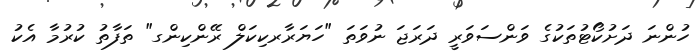
ހުންނަ ދަށުކޯޓުތަކުގެ ވަންސަވަރީ ދަރަޖަ ނުވަތަ "ހަޔަރާރކިކަލް ރޭންކިންގ" ތަފާތު ކުރުމާ އެކު